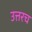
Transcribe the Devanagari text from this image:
उत्तरच